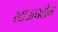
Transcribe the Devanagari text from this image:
स्टाऊनटोन